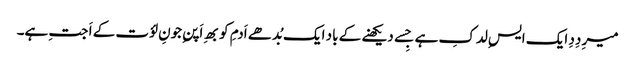
میرِ دِدِ ایک ایسِ لدکِ ہے جِسے دیکھنے کے باد ایک بُدھے اَدمِ کو بھِ اَپنِ جونِ لؤت کے اَ جتِ ہے۔